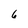
Character: 6